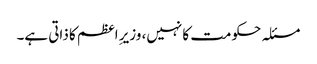
مسئلہ حکومت کا نہیں، وزیرِ اعظم کا ذاتی ہے۔